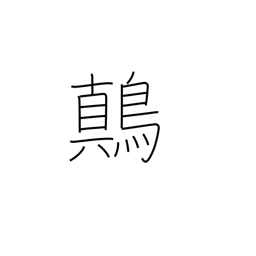
Meaning: yellow-white mottled songbird